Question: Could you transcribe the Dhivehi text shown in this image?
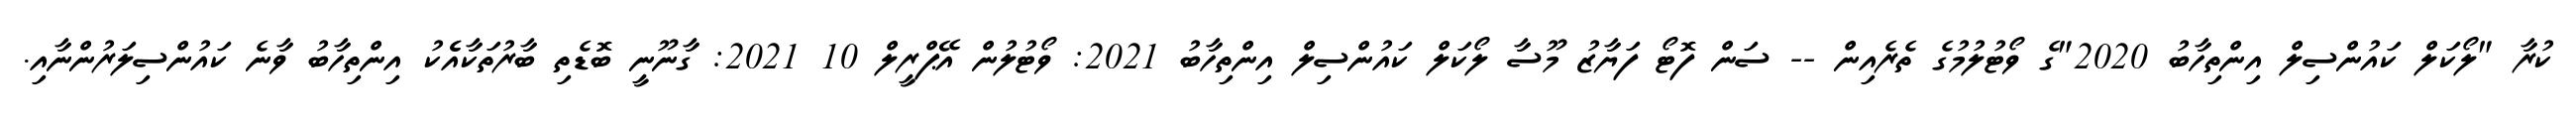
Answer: ކުރާ "ލޯކަލް ކައުންސިލް އިންތިހާބު 2020"ގެ ވޯޓުލުމުގެ ތެރެއިން -- ސަން ފޮޓޯ ފަޔާޒު މޫސާ ލޯކަލް ކައުންސިލް އިންތިހާބު 2021: ވޯޓުލުން އޭޕްރީލް 10 2021: ގާނޫނީ ބޮޑެތި ބާރުތަކާއެެކު އިންތިހާބު ވާނެ ކައުންސިލަރުންނާއި.